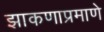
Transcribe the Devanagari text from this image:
झाकणाप्रमाणे